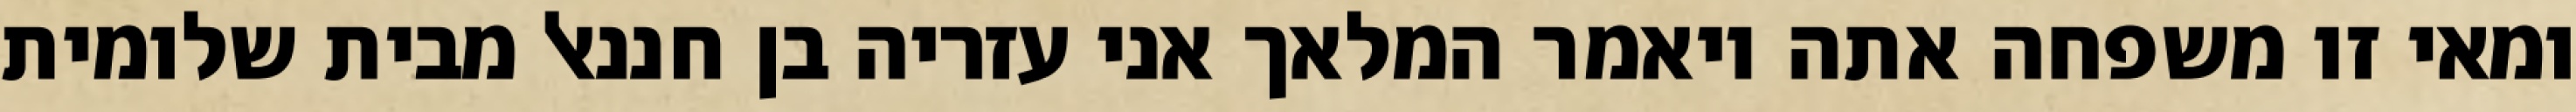
ומאי זו משפחה אתה ויאמר המלאך אני עזריה בן חננאל מבית שלומית